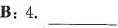
B:4.___